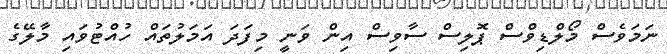
ނަމަވެސް މޯލްޑިވްސް ޕޮލިސް ސާވިސް އިން ވަނީ މިފަދަ އަމަލުތައް ހުއްޓުވައި މާލޭގެ